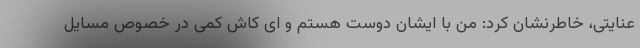
عنایتی، خاطرنشان کرد: من با ایشان دوست هستم و ای کاش کمی در خصوص مسایل